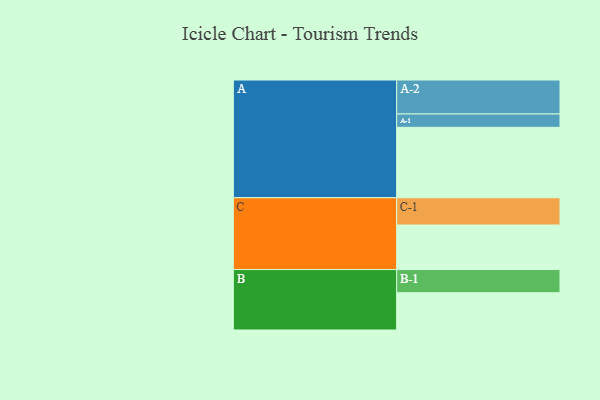
{"axis": {"x": "Segment", "y": "Value"}, "legend": ["", "A", "B", "C"], "data": [{"x": "A", "y": 580, "type": ""}, {"x": "B", "y": 307, "type": ""}, {"x": "C", "y": 367, "type": ""}, {"x": "A-1", "y": 110, "type": "A"}, {"x": "A-2", "y": 280, "type": "A"}, {"x": "B-1", "y": 191, "type": "B"}, {"x": "C-1", "y": 225, "type": "C"}]}